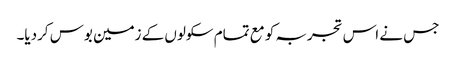
جس نے اس تجربہ کو مع تمام سکولوں کے زمین بوس کردیا۔